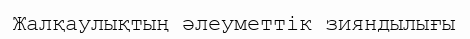
Жалқаулықтың әлеуметтік зияндылығы